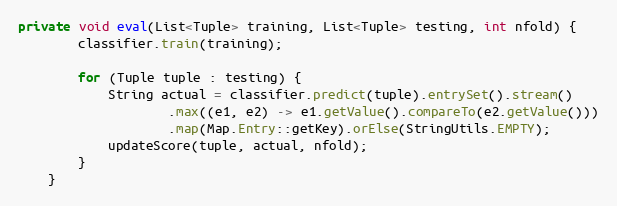
Language: Java
private void eval(List<Tuple> training, List<Tuple> testing, int nfold) {
        classifier.train(training);

        for (Tuple tuple : testing) {
            String actual = classifier.predict(tuple).entrySet().stream()
                    .max((e1, e2) -> e1.getValue().compareTo(e2.getValue()))
                    .map(Map.Entry::getKey).orElse(StringUtils.EMPTY);
            updateScore(tuple, actual, nfold);
        }
    }